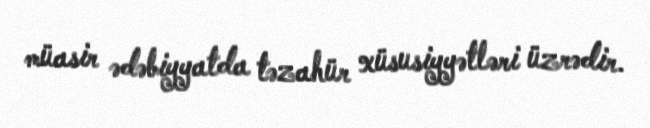
müasir ədəbiyyatda təzahür xüsusiyyətləri üzrədir.